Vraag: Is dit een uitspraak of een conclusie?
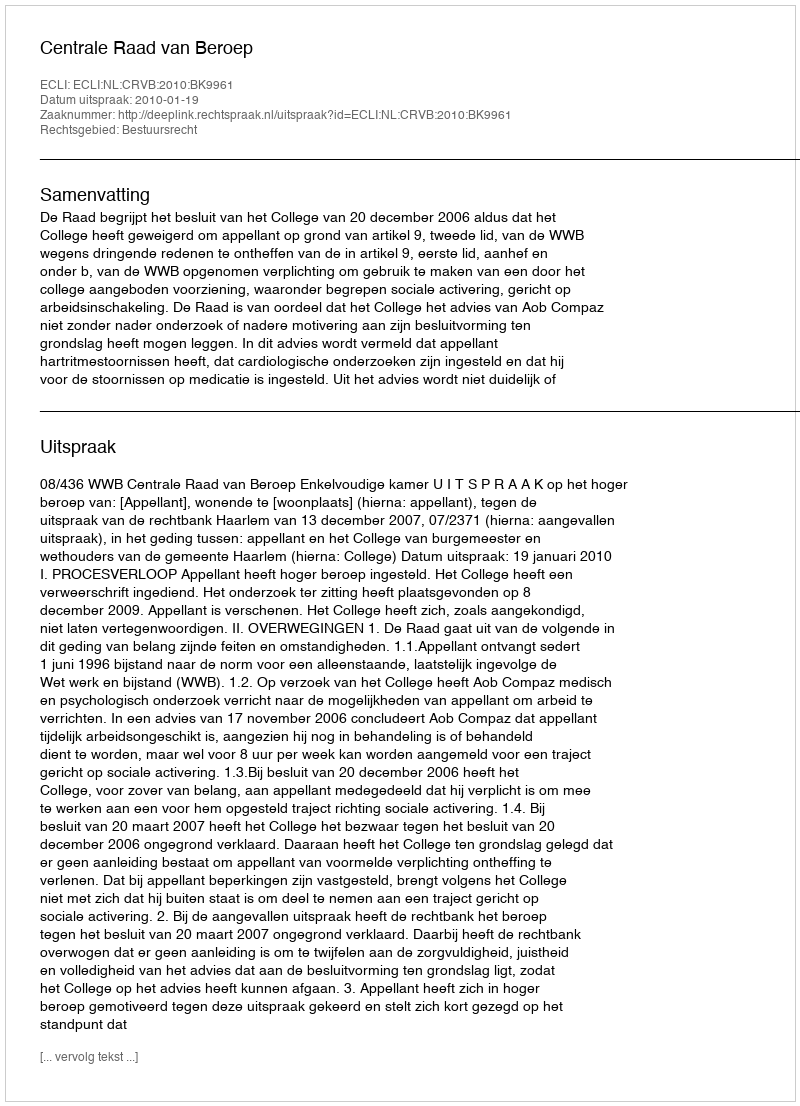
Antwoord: Uitspraak